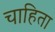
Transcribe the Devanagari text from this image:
चाहिता